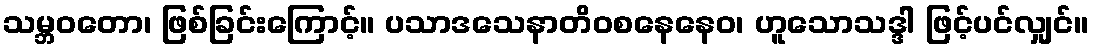
သမ္ဘဝတော၊ ဖြစ်ခြင်းကြောင့်။ ပသာဒသေနာတိဝစနေနေဝ၊ ဟူသောသဒ္ဒါ ဖြင့်ပင်လျှင်။